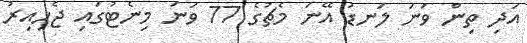
އަދި ތިން ވަނަ ލަނޑު އޭނަ މެޗުގެ 77 ވަނަ މިނެޓުގައި ޖެހިއިރު